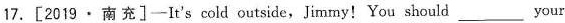
17.[2019·南充]-It's cold outside,Jimmy!You should ___ your